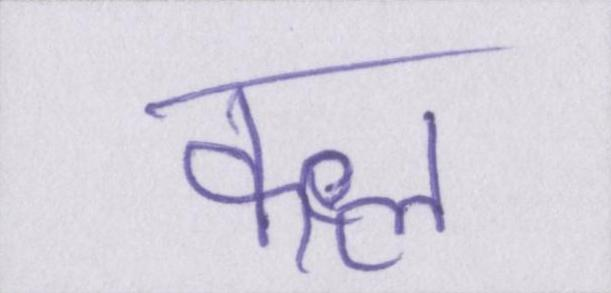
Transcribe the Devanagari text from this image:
कत्ल